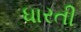
ધારતી